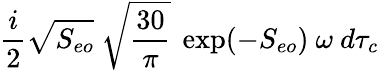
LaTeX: {\frac{i}{2}}\sqrt{S_{eo}}\ \sqrt{{\frac{30}{\pi}}}\ \exp(-S_{eo})\ \omega\ d\tau_{c}